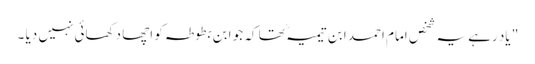
" یاد رہے یہ شخص امام احمد ابن تیمیہ ؒ تھا کہ جو ابن بطوطہ کو اچھا دکھائی نہیں دیا ۔